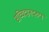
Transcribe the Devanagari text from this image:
सच्चिदानदरुप